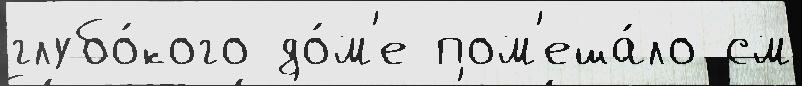
глубо́кого до́м'е пом'еша́ло см